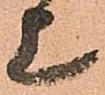
上